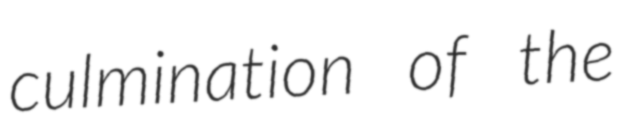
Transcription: culmination of the